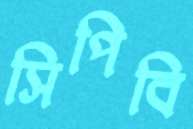
সিপিবি